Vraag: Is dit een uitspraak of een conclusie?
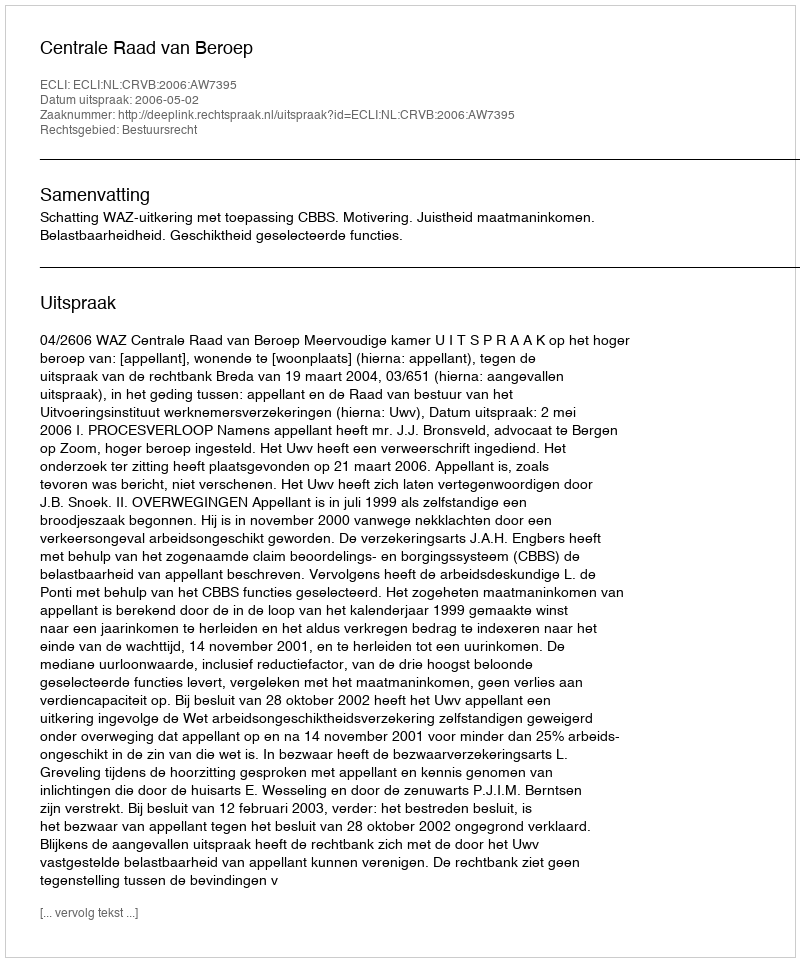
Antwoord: Uitspraak